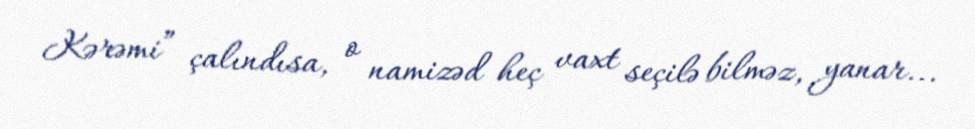
Kərəmi” çalındısa, o namizəd heç vaxt seçilə bilməz, yanar...